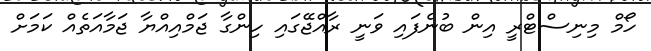
ހޯމް މިނިސްޓްރީ އިން ބުނެފައި ވަނީ ރާއްޖޭގައި ހިިންގާ ޖަމްއިއްޔާ ޖަމާއަތެއް ކަމަށް